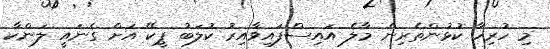
މި ހުރިހާ ކުޅުންތެރިން މާލެ އައިސްފައިވާއިރު ކުލަބު ޕީކޭ އަށް ގެނައީ ލަންކާ